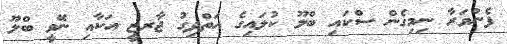
ފެންވަރާ ނިމިގެން ސްކައި ބްލޫ ކުލައިގެ އަތްދިގު ޖާރޒީ އަކާއި ނޭވީ ބްލޫ